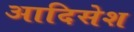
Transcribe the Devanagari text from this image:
आदिसेश